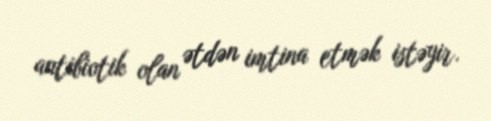
antibiotik olan ətdən imtina etmək istəyir.